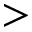
>